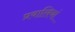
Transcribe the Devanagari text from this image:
प्रवालियां